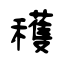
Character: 穫